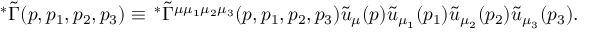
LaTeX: \, ^ { \ast } \tilde { \Gamma } ( p , p _ { 1 } , p _ { 2 } , p _ { 3 } ) \equiv \, ^ { \ast } \tilde { \Gamma } ^ { \mu \mu _ { 1 } \mu _ { 2 } \mu _ { 3 } } ( p , p _ { 1 } , p _ { 2 } , p _ { 3 } ) \tilde { u } _ { \mu } ( p ) \tilde { u } _ { { \mu } _ { 1 } } ( p _ { 1 } ) \tilde { u } _ { { \mu } _ { 2 } } ( p _ { 2 } ) \tilde { u } _ { { \mu } _ { 3 } } ( p _ { 3 } ) .